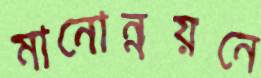
মানোন্নয়নে